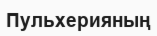
Пульхерияның